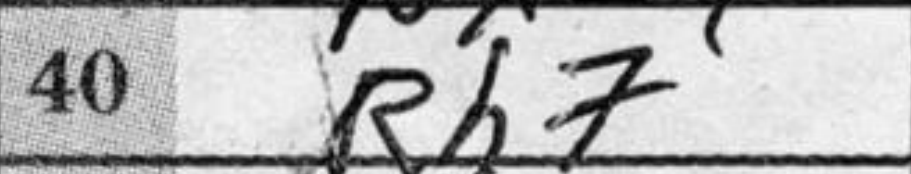
Transcription: Rh7